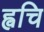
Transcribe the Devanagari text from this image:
ह्वचि